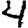
Digit: 4